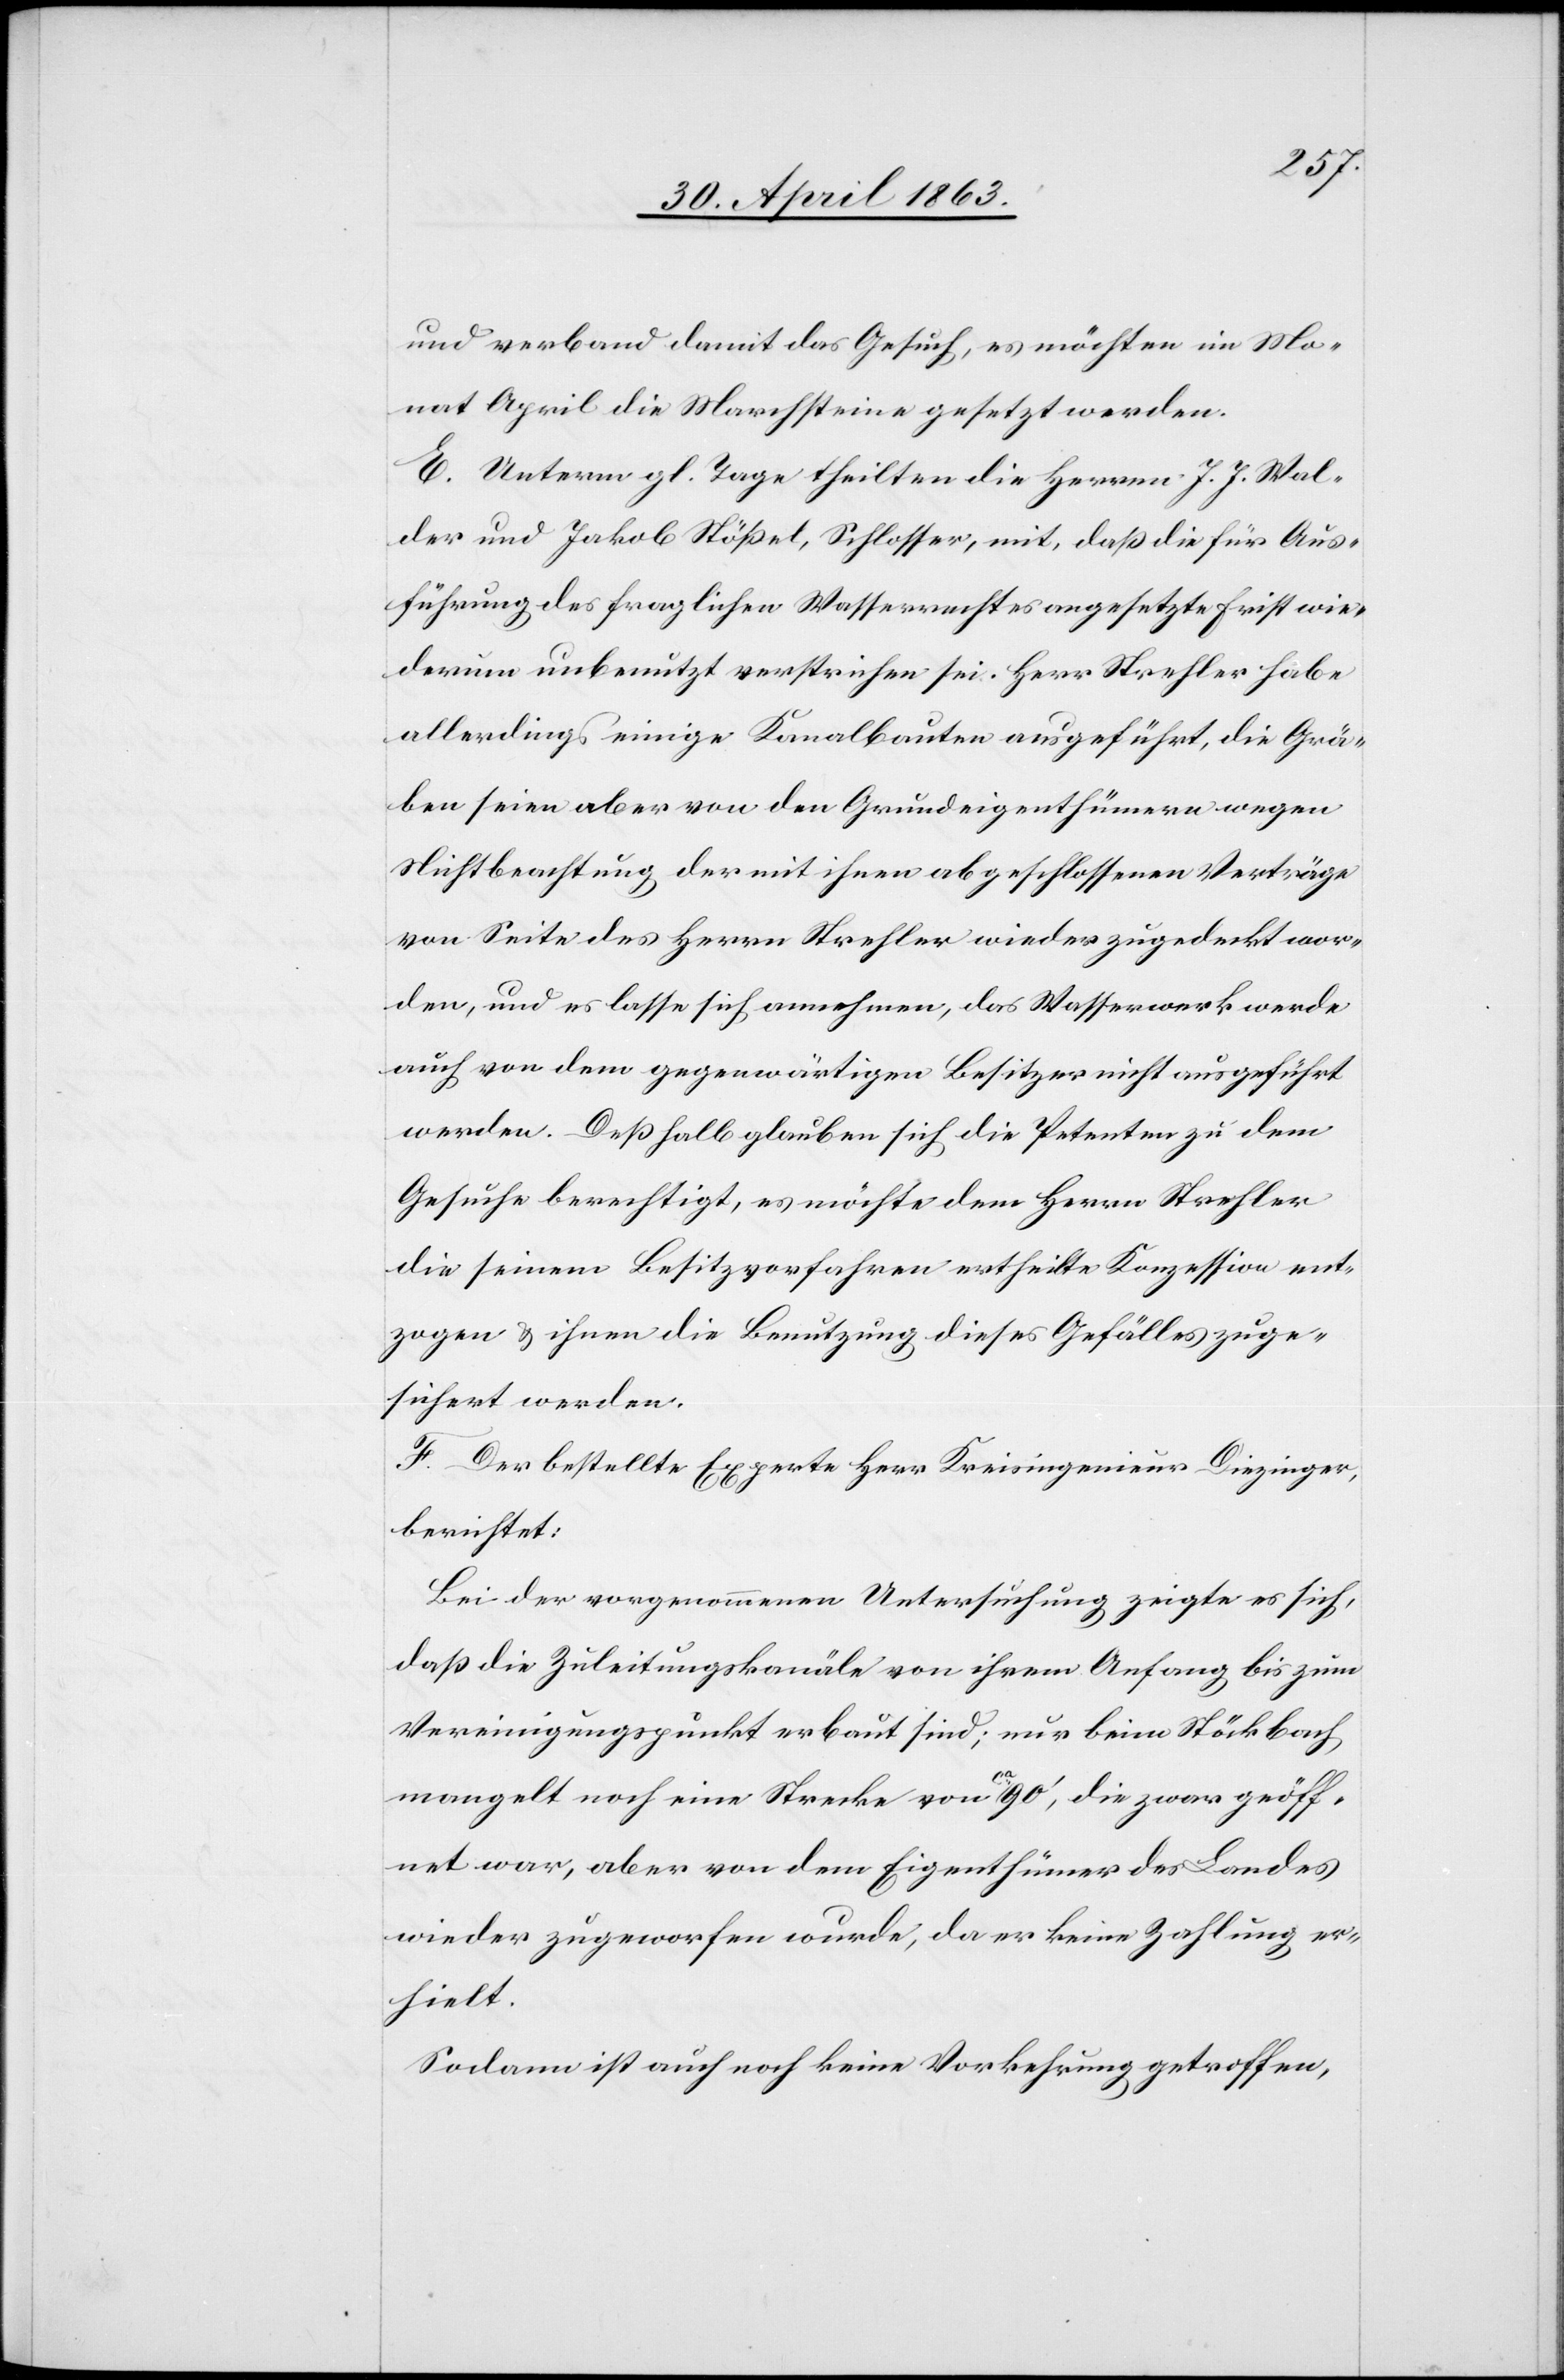
und verband damit das Gesuch, es möchten im Mo¬
nat April die Marchsteine gesetzt werden.
E. Unterm gl. Tage theilten die Herren J. J. Wal¬
der und Jakob Stößel, Schlosser, mit, daß die für Aus¬
führung des fraglichen Wasserrechtes angesetzte Frist wie¬
derum unbenutzt verstrichen sei. Herr Strehler habe
allerdings einige Kanalbauten ausgeführt, die Grä¬
ben seien aber von den Grundeigenthümern wegen
Nichtbeachtung der mit ihnen abgeschlossenen Verträge
von Seite des Herrn Strehler wieder zugedeckt wor¬
den, und es lasse sich annehmen, das Wasserwerk werde
auch von dem gegenwärtigen Besitzer nicht ausgeführt
werden. Deßhalb glauben sich die Petenten zu dem
Gesuche berechtigt, es möchte dem Herrn Strehler
die seinem Besitzvorfahren ertheilte Konzession ent¬
zogen & ihnen die Benutzung dieses Gefälles zuge¬
sichert werden.
F. Der bestellte Experte Herr Kreisingenieur Diezinger,
berichtet:
Bei der vorgenommenen Untersuchung zeigte es sich,
daß die Zuleitungskanäle von ihrem Anfang bis zum
Vereinigungspunkt erbaut sind; nur beim Stöckbach
mangelt noch eine Strecke von a-ca 90'-a, die zwar geöff¬
net war, aber von dem Eigenthümer des Landes
wieder zugeworfen wurde, da er keine Zahlung er¬
hielt.
Sodann ist auch noch keine Vorkehrung getroffen,